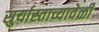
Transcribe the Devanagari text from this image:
सुर्यास्ताच्यावेळी